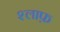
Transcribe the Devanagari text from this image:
श्लाफ़